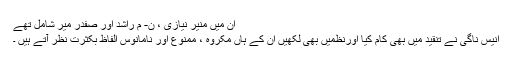
اُن میں منیر ؔنیازی ، ن- م راشدؔ اور صفدر میر شامل تھے
انیس ناگی نے تنقید میں بھی کام کیا اورنظمیں بھی لکھیں ان کے ہاں مکروہ ، ممنوع اور نامانوس الفاظ بکثرت نظر آتے ہیں ۔